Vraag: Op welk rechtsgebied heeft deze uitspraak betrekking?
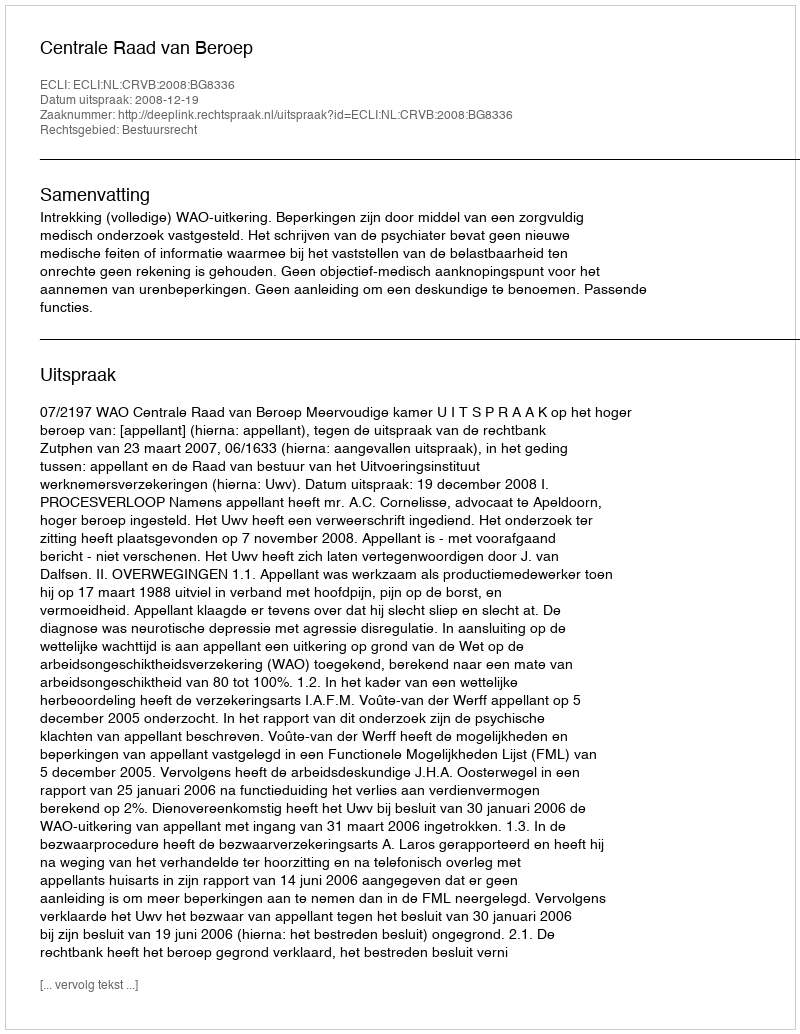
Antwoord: Bestuursrecht